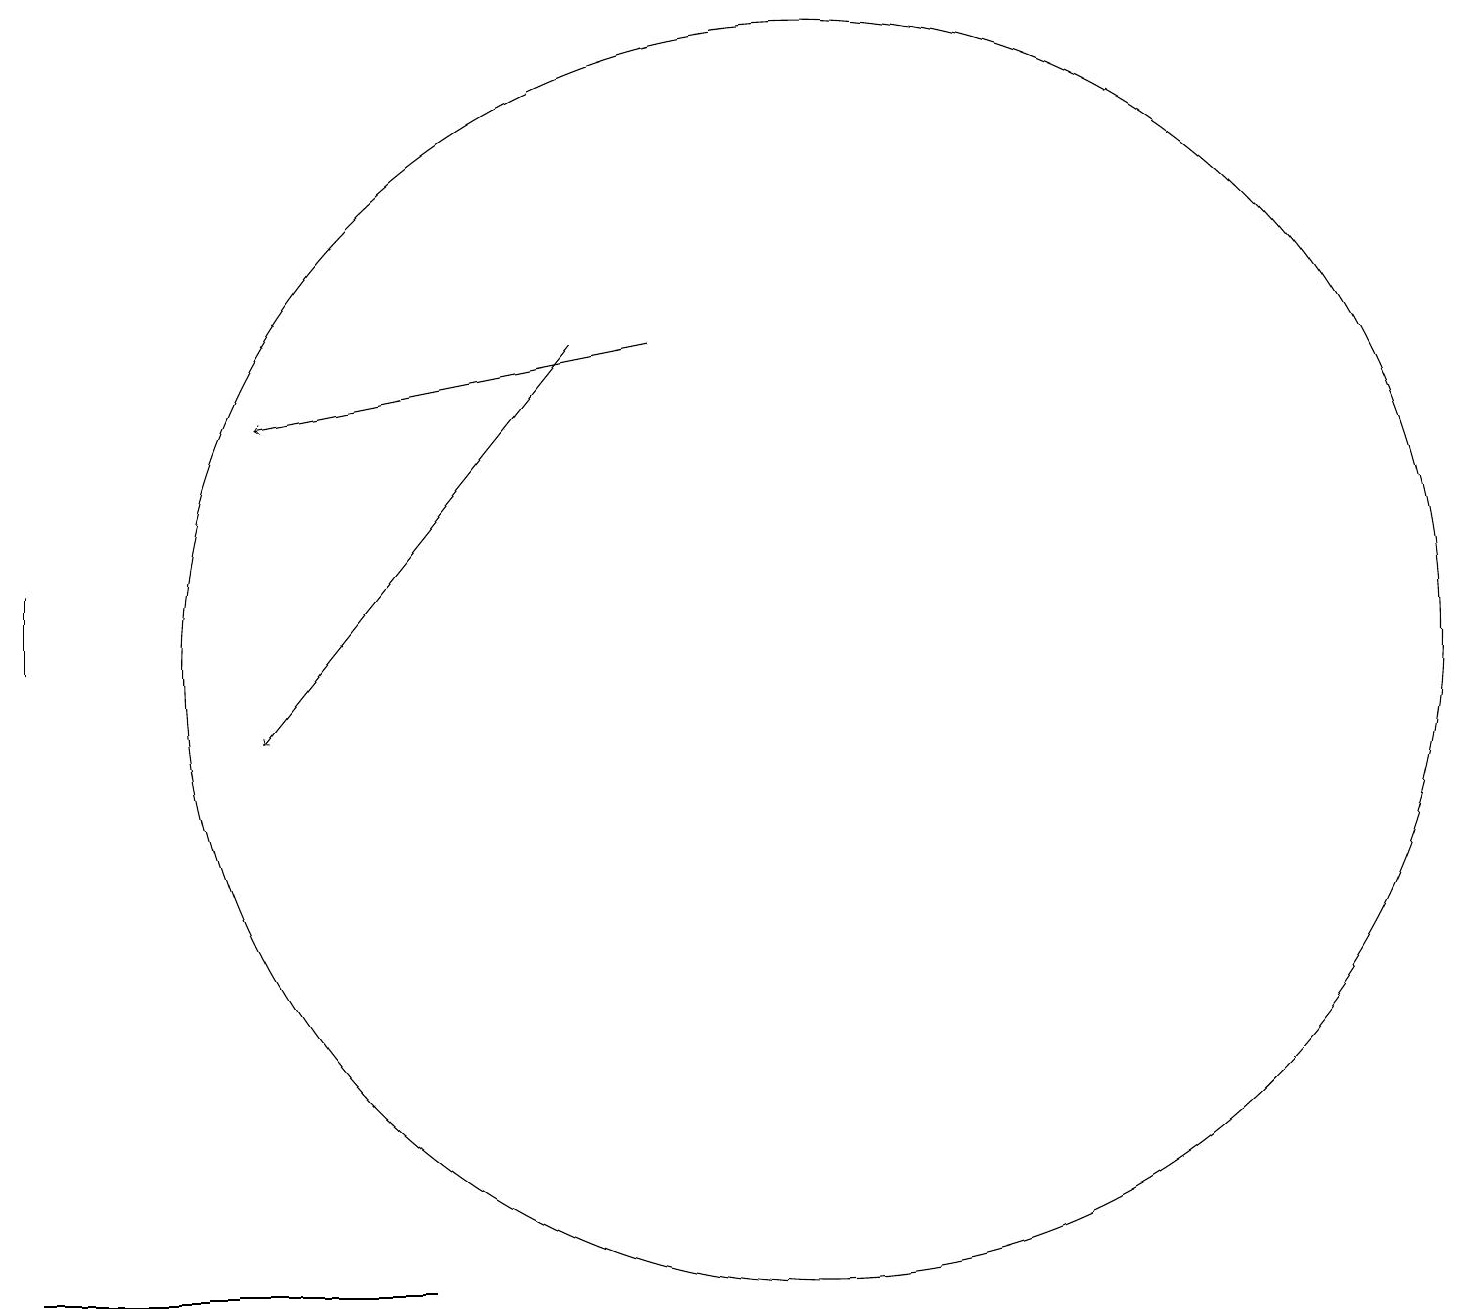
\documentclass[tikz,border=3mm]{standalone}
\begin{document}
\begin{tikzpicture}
\draw (11,12) circle (8);
\draw[->] (9,16) -- (4,15);
\draw (6,4) -- (1,4) -- (1,4) -- cycle;
\draw[->] (8,16) -- (4,11);
\draw (1,12) rectangle (1,13);
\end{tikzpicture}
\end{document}